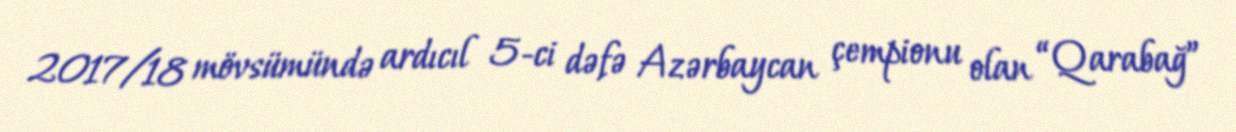
2017/18 mövsümündə ardıcıl 5-ci dəfə Azərbaycan çempionu olan “Qarabağ”